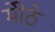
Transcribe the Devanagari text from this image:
मोेठे